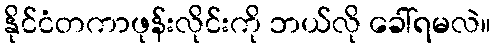
နိုင်ငံတကာဖုန်းလိုင်းကို ဘယ်လို ခေါ်ရမလဲ။